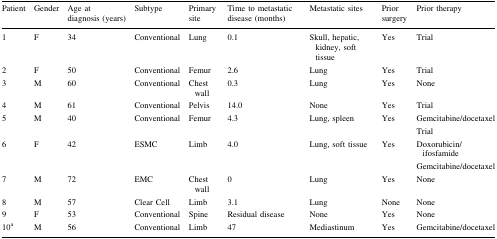
<table><thead><tr><td><b>Patient</b></td><td><b>Gender</b></td><td><b>Age at diagnosis (years)</b></td><td><b>Subtype</b></td><td><b>Primary site</b></td><td><b>Time to metastatic disease (months)</b></td><td><b>Metastatic sites</b></td><td><b>Prior surgery</b></td><td><b>Prior therapy</b></td></tr></thead><tbody><tr><td>1</td><td>F</td><td>34</td><td>Conventional</td><td>Lung</td><td>0.1</td><td>Skull, hepatic, kidney, soft tissue</td><td>Yes</td><td>Trial</td></tr><tr><td>2</td><td>F</td><td>50</td><td>Conventional</td><td>Femur</td><td>2.6</td><td>Lung</td><td>Yes</td><td>Trial</td></tr><tr><td>3</td><td>M</td><td>60</td><td>Conventional</td><td>Chest wall</td><td>0.3</td><td>Lung</td><td>Yes</td><td>None</td></tr><tr><td>4</td><td>M</td><td>61</td><td>Conventional</td><td>Pelvis</td><td>14.0</td><td>None</td><td>Yes</td><td>Trial</td></tr><tr><td>5</td><td>M</td><td>40</td><td>Conventional</td><td>Femur</td><td>4.3</td><td>Lung, spleen</td><td>Yes</td><td>Gemcitabine/docetaxelTrial</td></tr><tr><td>6</td><td>F</td><td>42</td><td>ESMC</td><td>Limb</td><td>4.0</td><td>Lung, soft tissue</td><td>Yes</td><td>Doxorubicin/ifosfamideGemcitabine/docetaxel</td></tr><tr><td>7</td><td>M</td><td>72</td><td>EMC</td><td>Chest wall</td><td>0</td><td>Lung</td><td>Yes</td><td>None</td></tr><tr><td>8</td><td>M</td><td>57</td><td>Clear Cell</td><td>Limb</td><td>3.1</td><td>Lung</td><td>None</td><td>None</td></tr><tr><td>9</td><td>F</td><td>53</td><td>Conventional</td><td>Spine</td><td>Residual disease</td><td>None</td><td>Yes</td><td>None</td></tr><tr><td>10<sup>a</sup></td><td>M</td><td>56</td><td>Conventional</td><td>Limb</td><td>47</td><td>Mediastinum</td><td>Yes</td><td>Gemcitabine/docetaxel</td></tr></tbody></table>